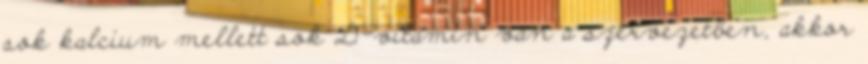
sok kalcium mellett sok D-vitamin van a szervezetben, akkor